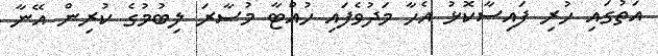
އަތުގައި ހުރި ފައިސާކޮޅު އެހާ މަދުވެފައި ހުއްޓާ މުސާރަ ލިބުމުގެ ކުރިން އޭނާ